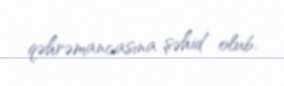
qəhrəmancasına şəhid olub.